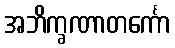
အဘိက္ခဏာတင်္ကော